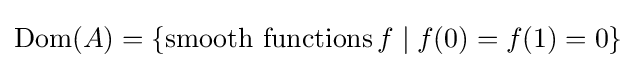
\operatorname {Dom} (A)=\left\{{\text{smooth functions}}\,f\mid f(0)=f(1)=0\right\}